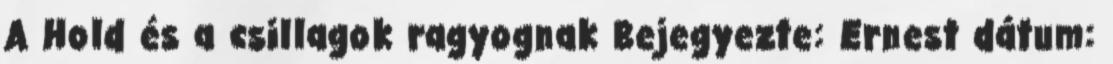
A Hold és a csillagok ragyognak Bejegyezte: Ernest dátum: